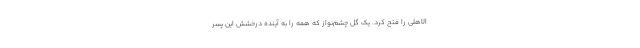
الاهلی را فتح کرد. یک گل چشم‌نواز که همه را به آینده درخشش این پسر